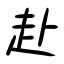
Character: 赴